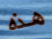
هذه